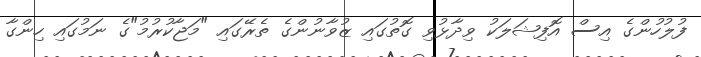
ފުލުހުންގެ އިސް އޮފިޝަލަކު ވިދާޅުވި ގޮތުގައި ޒުވާނުންގެ ތެރޭގައި "މަޖާކުރުމު"ގެ ނަމުގައި ހިންގާ